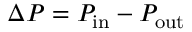
\Delta P = P _ { \mathrm { i n } } - P _ { \mathrm { o u t } }